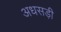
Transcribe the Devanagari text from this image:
अधसड़ी